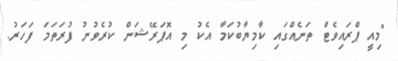
"މިއީ ޕްރައިވެޓް ތަނެއްގައި ކާމިޔާބުކަމާ އެކު މި އޮޕަރޭޝަން ކުރެވުނު ފުރަތަމަ ފަހަރު.